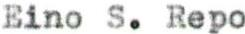
Eino S. Repo